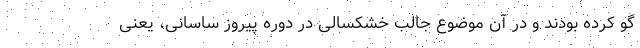
گو کرده بودند و در آن موضوع جالب خشکسالی در دوره پیروز ساسانی، یعنی